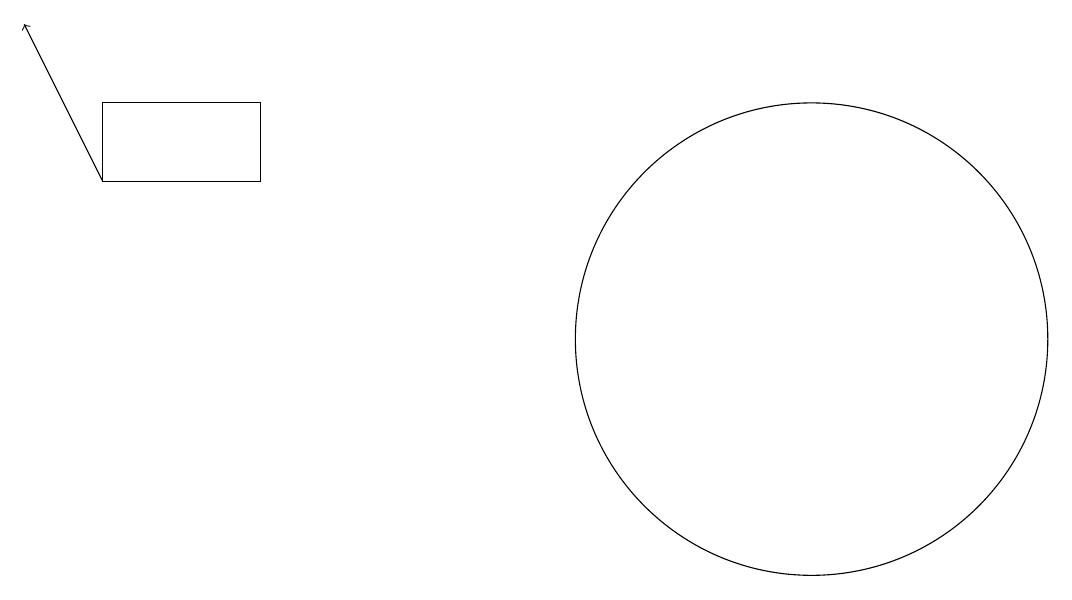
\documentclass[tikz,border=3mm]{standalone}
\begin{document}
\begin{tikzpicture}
\draw (10,12) circle (3);
\draw (1,15) rectangle (3,14);
\draw[->] (1,14) -- (0,16);
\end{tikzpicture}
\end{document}